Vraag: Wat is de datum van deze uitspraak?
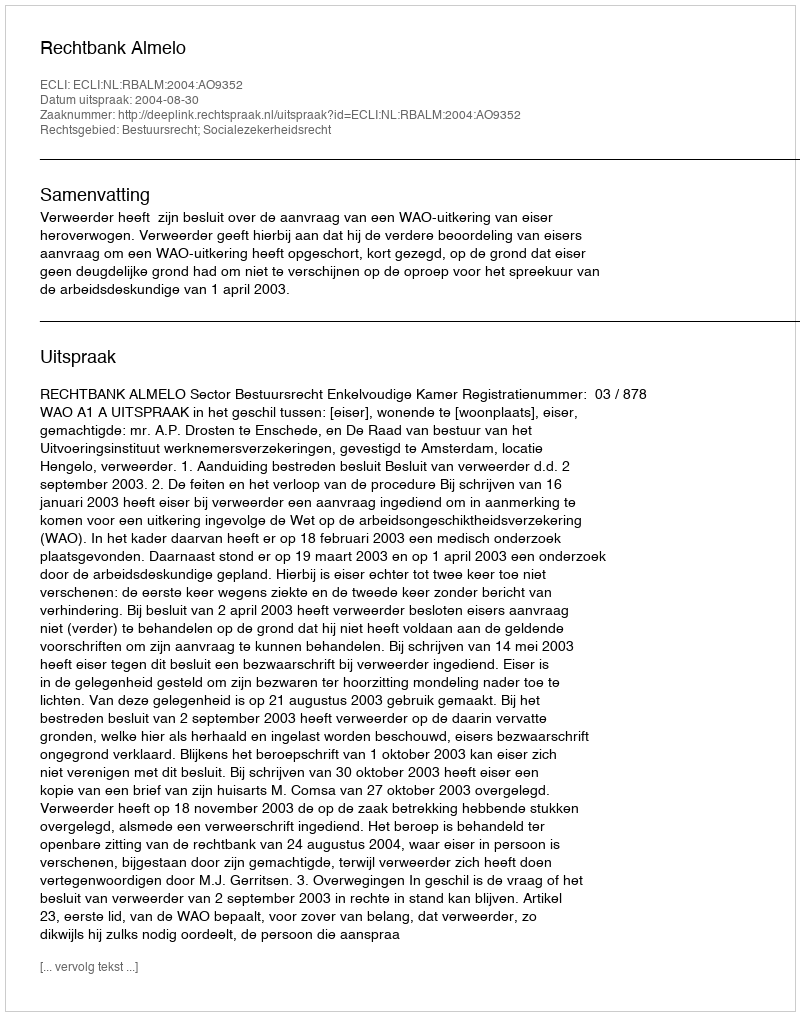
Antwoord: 2004-08-30